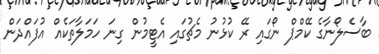
ބާސެލޯނާގެ ކޭމްޕް ނޯގައި ރޭ ކުޅުނު މެޗުގައި އެޓީމުން ގިނަ ހަމަލާތަކެއް އުފައްދަން